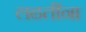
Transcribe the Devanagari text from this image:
लढतींना